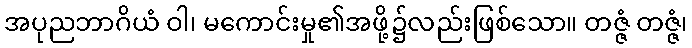
အပုညဘာဂိယံ ဝါ၊ မကောင်းမှု၏အဖို့၌လည်းဖြစ်သော။ တဇ္ဇံ တဇ္ဇံ၊